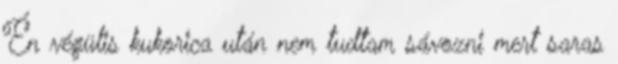
Én végülis kukorica után nem tudtam sávozni mert saras